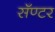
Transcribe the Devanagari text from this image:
सॅण्टर